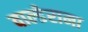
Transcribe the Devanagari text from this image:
वाल्डेरामा